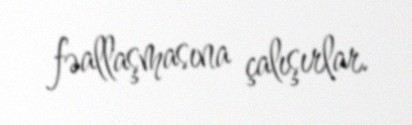
fəallaşmasına çalışırlar.